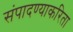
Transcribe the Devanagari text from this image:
संपादण्याकरिता